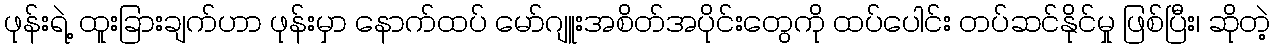
ဖုန်းရဲ့ ထူးခြားချက်ဟာ ဖုန်းမှာ နောက်ထပ် မော်ဂျူးအစိတ်အပိုင်းတွေကို ထပ်ပေါင်း တပ်ဆင်နိုင်မှု ဖြစ်ပြီး၊ ဆိုတဲ့